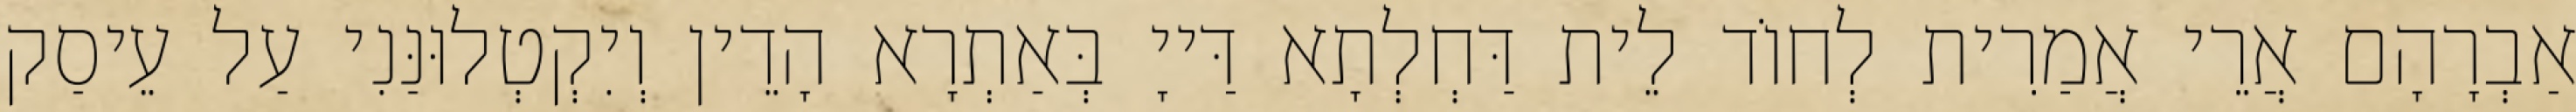
אַבְרָהָם אֲרֵי אֲמַרִית לְחוֹד לֵית דַּחְלְתָא דַּייָ בְּאַתְרָא הָדֵין וְיִקְטְלוּנַּנִי עַל עֵיסַק